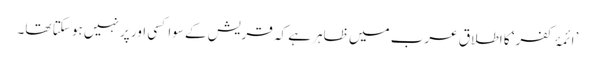
’ائمۂ کفر‘ کا اطلاق عرب میں ظاہر ہے کہ قریش کے سوا کسی اور پر نہیں ہو سکتا تھا۔